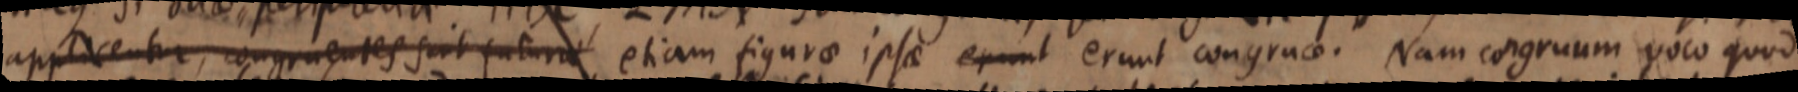
applacentur, congruentes suit tuture etiam figurae ipsae erunt erunt congruae. Nam congruum roco quod